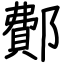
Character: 鄪